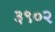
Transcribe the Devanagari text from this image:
३९०२